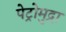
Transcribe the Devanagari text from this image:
पेट्रोमुद्रा